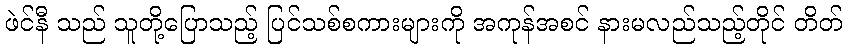
ဖဲင်နီ သည် သူတို့ပြောသည့် ပြင်သစ်စကားများကို အကုန်အစင် နားမလည်သည့်တိုင် တိတ်